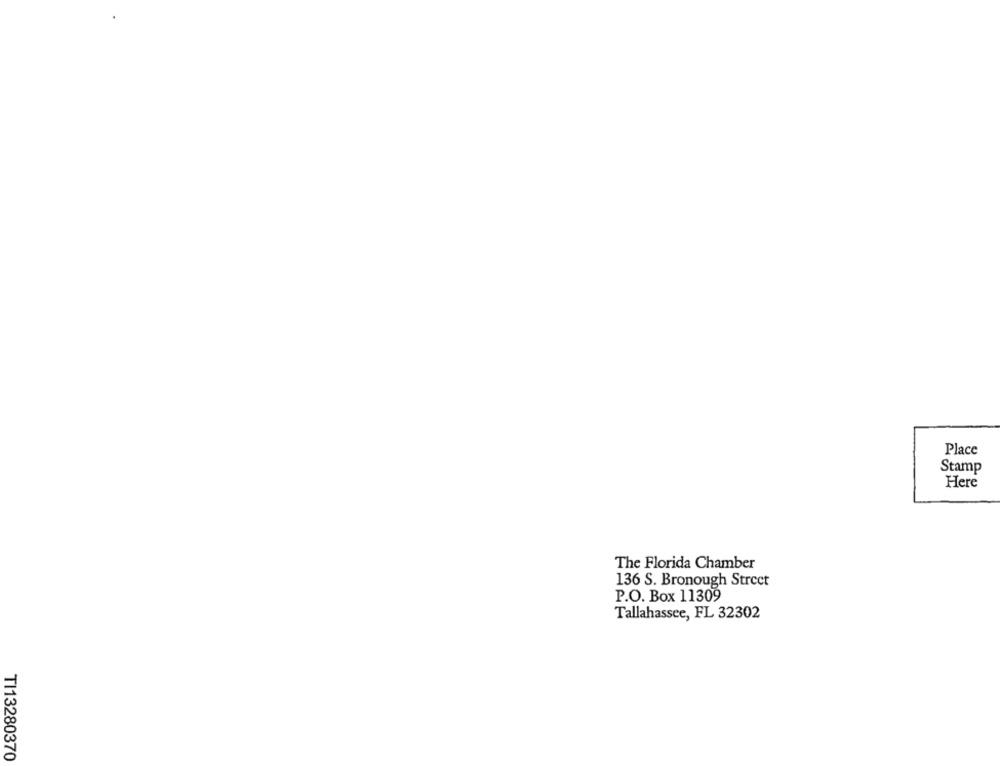
Place
Stamp
Here
The Florida Chamber
136 S. Bronough Street
P.O. Box 11309
Tallahassee, FL 32302
TI13280370